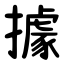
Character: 據